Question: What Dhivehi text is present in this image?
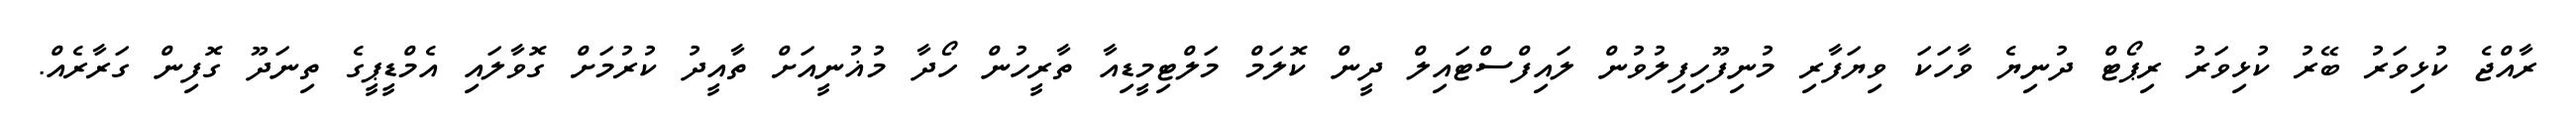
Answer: ރާއްޖެ ކުޅިވަރު ބޭރު ކުޅިވަރު ރިޕޯޓް ދުނިޔެ ވާހަކަ ވިޔަފާރި މުނިފޫހިފިލުވުން ލައިފްސްޓައިލް ދީން ކޮލަމް މަލްޓިމީޑިއާ ތާރީހުން ހޯދާ މުޣުނީއަށް ތާއީދު ކުރުމަށް ގޮވާލައި އެމްޑީޕީގެ ތިނަދޫ ގޮފިން ގަރާރެއް.